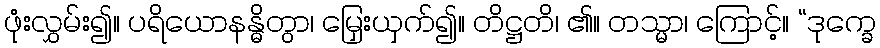
ဖုံးလွှမ်း၍။ ပရိယောနန္ဓိတွာ၊ မြှေးယှက်၍။ တိဋ္ဌတိ၊ ၏။ တသ္မာ၊ ကြောင့်။ “ဒုက္ခေ